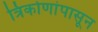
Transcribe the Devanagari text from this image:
त्रिकोणांपासून